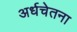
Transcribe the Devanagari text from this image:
अर्धचेतना